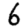
Digit: 6